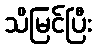
သိမြင်ပြီး